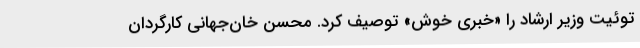
توئیت وزیر ارشاد را «خبری خوش» توصیف کرد. محسن خان‌جهانی کارگردان